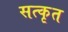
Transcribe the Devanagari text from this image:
सत्कृत